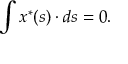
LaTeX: \int x ^ { \ast } ( s ) \cdot d s = 0 .